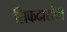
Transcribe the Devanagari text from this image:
सिकदारांचा